Lunatic asylums Central Provinces reports 1886-1894 - 1886-1894
Year: 1886
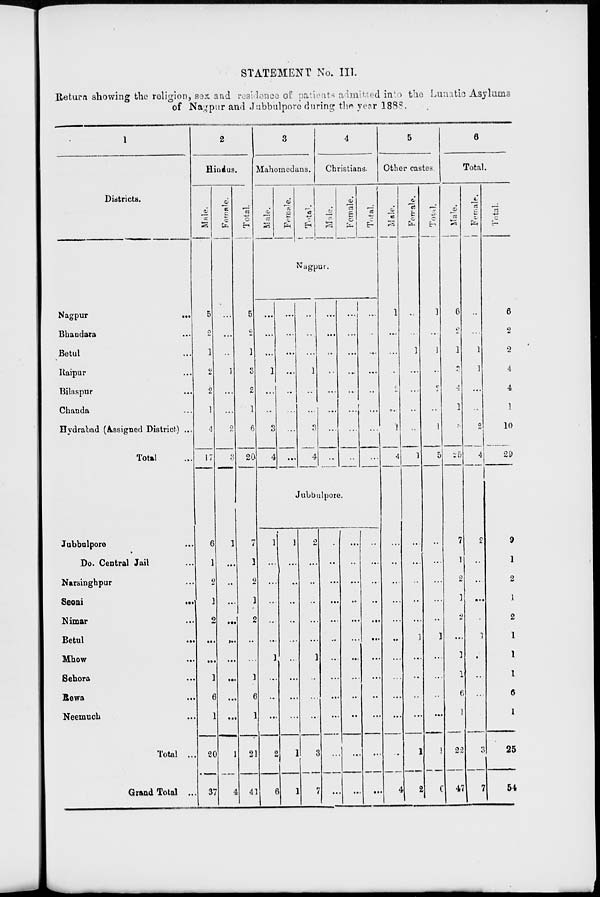
STATEMENT No. III.
Return showing the religion, sex and residence of patients admitted into the Lunatic Asylums
of Nagpur and Jubbulpore during the year 1888.
1
Districts.
Nagpur ...
Bhandara ...
Betul ...
Raipur ...
Bilaspur ...
Chanda ...
Hydrabad (Assigned District) ...
Total ...
Jubbulpore ...
Do. Central Jail ...
Narsinghpur ...
Seoni
...
Nimar ...
Betul
...
Mhow ...
Sehora ...
Rewa ...
Neemuch ...
Total ...
Grand Total ...
2
Hindus.
Male.
5
2
1
2
2
1
4
17
6
1
2
1
2
...
...
1
6
1
20
37
Female.
...
...
...
1
...
...
2
3
1
...
...
...
...
...
...
...
...
...
1
4
Total.
5
2
1
3
2
1
6
20
7
1
2
1
2
..
...
1
6
1
21
41
3
Mahomedans.
Male.
Female.
Total.
4
Christians.
Male.
Female.
Total.
Nagpur.
...
...
...
1
...
...
3
4
...
...
...
...
...
...
...
...
...
...
...
1
...
...
3
4
...
...
...
...
...
...
...
...
...
...
...
...
...
...
...
...
...
...
...
...
...
...
...
...
Jubbulpore.
1
...
...
...
...
...
1
...
...
...
2
6
1
...
...
...
...
...
...
...
...
...
1
1
2
...
...
...
...
...
1
...
...
...
3
7
...
...
...
...
...
...
...
...
...
...
...
...
...
...
...
...
...
...
...
...
...
...
...
...
...
...
...
...
...
...
...
...
...
...
...
...
5
Other castes.
Male.
1
...
...
...
2
...
1
4
...
...
...
...
...
...
...
...
...
...
...
4
Female.
...
...
1
....
...
...
...
1
...
...
...
...
...
1
...
...
...
...
1
2
Total.
1
...
1
...
2
...
1
5
...
...
...
...
...
1
...
...
...
...
1
6
6
Total.
Male.
6
2
1
3
4
1
8
25
7
1
2
1
2
...
1
1
6
1
22
47
Female.
...
...
1
1
...
...
2
4
2
...
...
...
...
1
...
...
...
...
3
7
Total.
6
2
2
4
4
1
10
29
9
1
2
1
2
1
1
1
6
1
25
54